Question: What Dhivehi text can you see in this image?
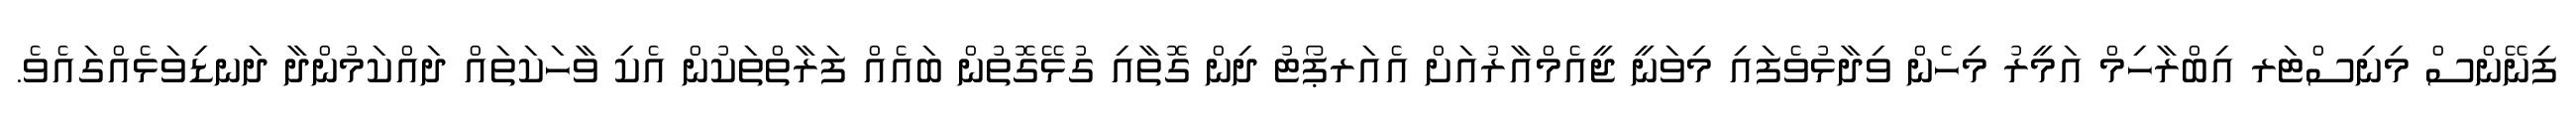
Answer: ފިނޭންސް މިނިސްޓަރ އިބްރާހިމް އަމީރު މިހެން ވިދާޅުވެފައި މިވަނީ ޖީއެމްއާރުއަށް އެއަރޕޯޓު ދިން ގޮތާއި ގުޅޭގޮތުން ބައެއް ފަރާތްތަކުން އެކި ވާހަކަތައް ދައްކަމުންދާ ދަނޑިވަޅެއްގައެވެ.